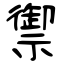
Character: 禦